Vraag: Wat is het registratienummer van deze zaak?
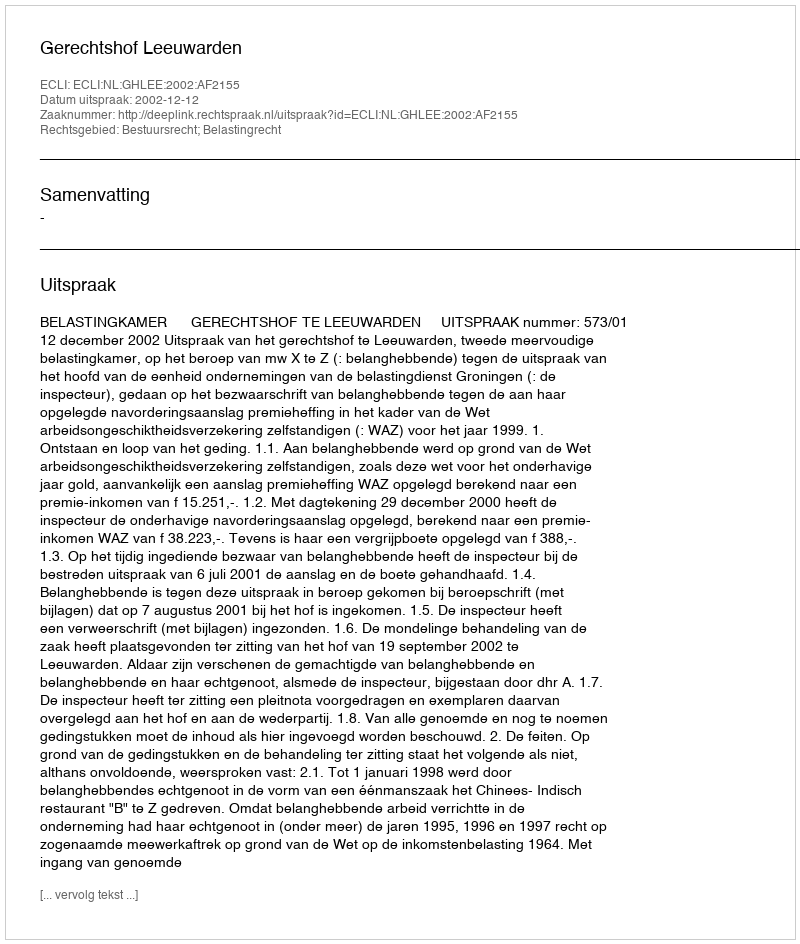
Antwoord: http://deeplink.rechtspraak.nl/uitspraak?id=ECLI:NL:GHLEE:2002:AF2155